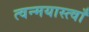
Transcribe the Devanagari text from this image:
त्वन्मयास्त्वाँ